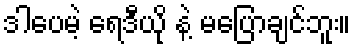
ဒါပေမဲ့ ရေဒီယို နဲ့ မပြောချင်ဘူး။